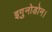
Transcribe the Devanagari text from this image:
इगु़नोडोन।